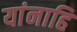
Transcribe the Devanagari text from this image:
यांनाहि